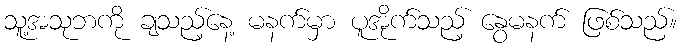
သူ့အသုဘကို ချသည့်နေ့ မနက်မှာ ပူအိုက်သည့် နွေမနက် ဖြစ်သည်။